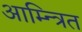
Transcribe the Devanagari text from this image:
आम्न्त्रित